Civil Veterinary Department Bihar & Orissa reports 1929-36 - 1929-1936
Year: 1929
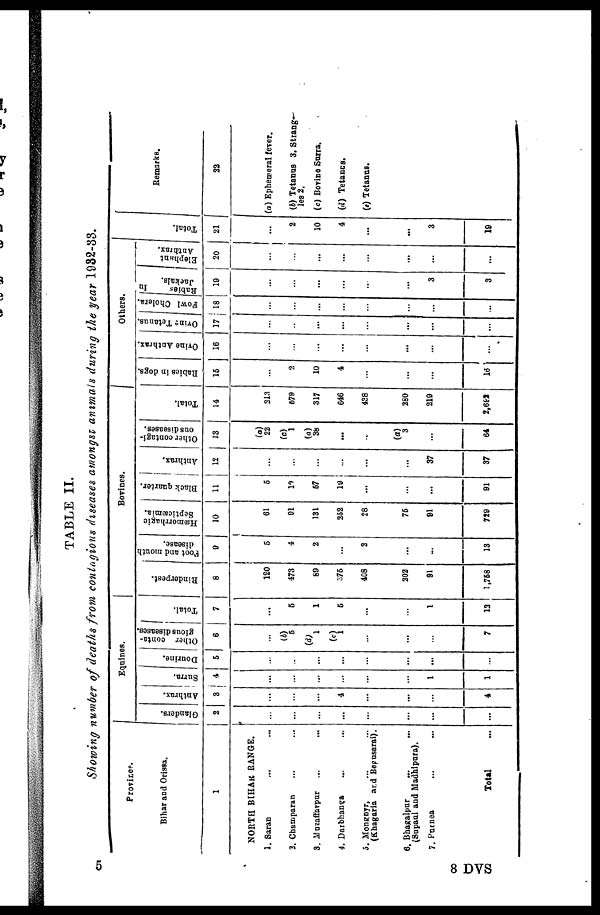
TABLE II.
Showing number of deaths from contagious diseases amongst animals during the year 1932-33.
Province.
Bihar and Orissa.
1
NORTH BIHAR RANGE.
1. Saran ... ...
2. Champaran ... ...
3. Muzaffarpur ... ...
4. Darbhanga ... ...
5. Monghyr, ... ...
(Khagaria and Begusarai).
6. Bhagalpur ... ...
(Supaul and Madhipura).
7. Purnea ... ...
Total ...
Equines.
Glanders.
2
...
...
...
...
...
...
...
...
Anthrax.
3
...
...
...
4
...
...
...
4
Surra.
4
...
...
...
...
...
...
1
1
Dourine.
5
...
...
...
...
...
...
...
...
Other conta-
gious diseases.
6
...
(b)
6
d)
1
1
...
...
...
7
Total.
7
...
5
1
5
...
...
1
13
i
Bovines.
Rinderpest.
8
120
473
69
375
408
202
91
1,758
Foot and mouth
disease.
9
5
4
2
...
2
...
...
13
Hæmorrhagic
Septicæmia.
10
61
91
131
252
28
76
91
729
Black quarter.
11
5
10
57
19
...
...
...
91
Anthrax.
12
...
...
...
...
...
37
37
Other contagi-
ous diseases.
13
(a)
22
(c)
1
(a)
38
...
...
(a)
3
...
64
Total.
14
213
679
317
646
438
280
219
2,622
Others.
Rabies in dogs.
15
...
2
10
4
...
...
...
18
Ovine Anthrax.
16
...
...
...
...
...
...
...
...
Ovins Tetanus.
17
...
...
...
...
...
...
...
...
Fowl Cholera.
18
...
...
...
...
...
...
...
...
Rabies
in
Jackals.
19
...
...
...
...
...
...
3
3
Elephant
Anthrax.
20
...
...
...
...
...
...
...
...
Total.
21
...
2
10
4
...
...
3
19
Remarks.
22
(a) Ephemeral fever.
(b) Tetanus 3. Strang-
les 2.
(c) Bovine Surra.
(d) Tetancs.
(e) Tetanus.
5
8 DVS